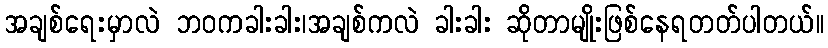
အချစ်ရေးမှာလဲ ဘဝကခါးခါး၊အချစ်ကလဲ ခါးခါး ဆိုတာမျိုးဖြစ်နေရတတ်ပါတယ်။